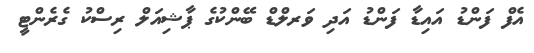
އެފް ފަންޑު އައިޑާ ފަންޑު އަދި ވަރލްޑް ބޭންކުގެ ޕާޝިއަލް ރިސްކު ގެރެންޓީ